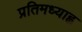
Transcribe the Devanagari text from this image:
प्रतिमध्याह्न